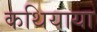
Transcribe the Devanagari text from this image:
कथियाया